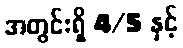
အတွင်းရှိ 4/5 နှင့်